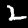
Label: 2